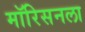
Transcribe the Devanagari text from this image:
मॉरिसनला